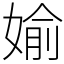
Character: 媮